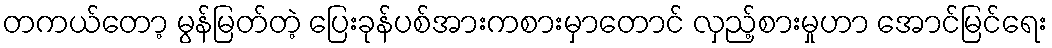
တကယ်တော့ မွန်မြတ်တဲ့ ပြေးခုန်ပစ်အားကစားမှာတောင် လှည့်စားမှုဟာ အောင်မြင်ရေး